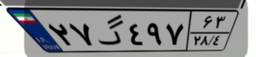
۳۲گ۳۵۰۲۳